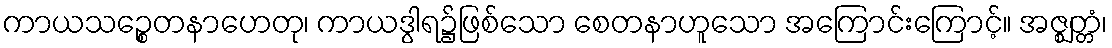
ကာယသဉ္စေတနာဟေတု၊ ကာယဒွါရ၌ဖြစ်သော စေတနာဟူသော အကြောင်းကြောင့်။ အဇ္ဈတ္တံ၊